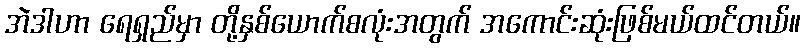
အဲဒါဟာ ရေရှည်မှာ တို့နှစ်ယောက်စလုံးအတွက် အကောင်းဆုံးဖြစ်မယ်ထင်တယ်။